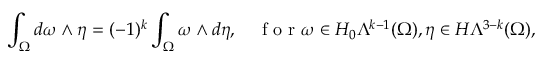
\int _ { \Omega } d \omega \wedge \eta = ( - 1 ) ^ { k } \int _ { \Omega } \omega \wedge d \eta , \quad \mathrm { ~ f ~ o ~ r ~ } \omega \in H _ { 0 } \Lambda ^ { k - 1 } ( \Omega ) , \eta \in H \Lambda ^ { 3 - k } ( \Omega ) ,